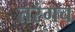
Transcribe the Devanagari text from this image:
तरंगच